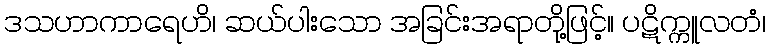
ဒသဟာကာရေဟိ၊ ဆယ်ပါးသော အခြင်းအရာတို့ဖြင့်။ ပဋိက္ကူလတံ၊